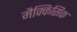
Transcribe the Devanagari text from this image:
मैक्किसिक